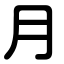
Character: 月